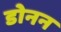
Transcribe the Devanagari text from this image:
डोनन